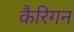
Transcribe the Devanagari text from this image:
कैरिगन